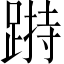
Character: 𨃌